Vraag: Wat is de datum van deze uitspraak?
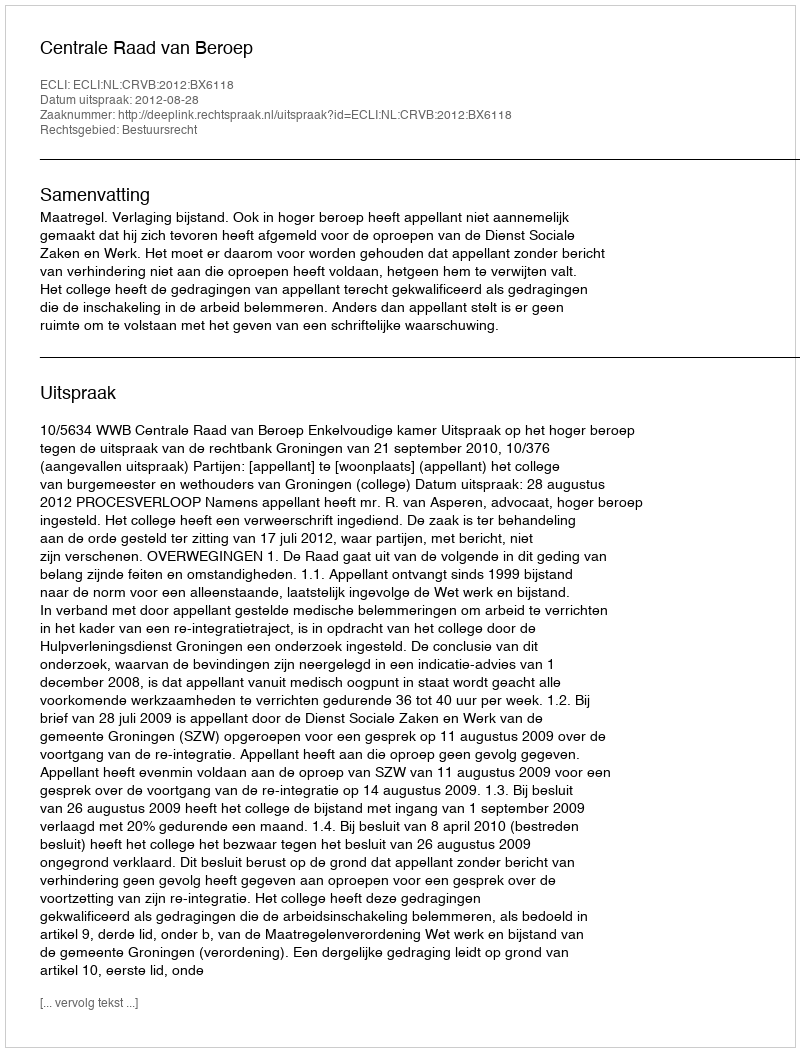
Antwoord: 2012-08-28